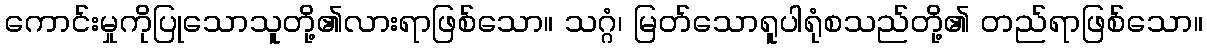
ကောင်းမှုကိုပြုသောသူတို့၏လားရာဖြစ်သော။ သဂ္ဂံ၊ မြတ်သောရူပါရုံစသည်တို့၏ တည်ရာဖြစ်သော။